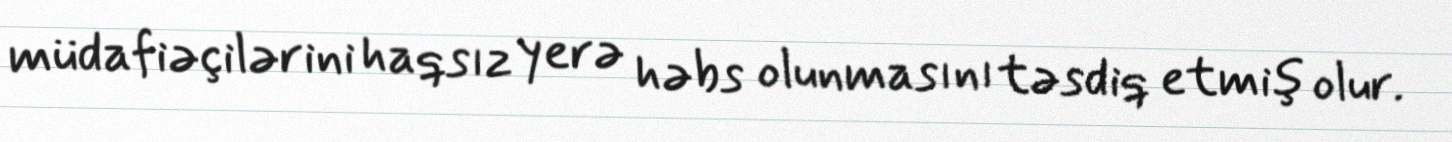
müdafiəçilərini haqsız yerə həbs olunmasını təsdiq etmiş olur.